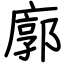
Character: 廓